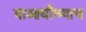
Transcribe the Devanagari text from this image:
याआधीच्याच